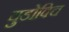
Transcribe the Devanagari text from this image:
युडोविच